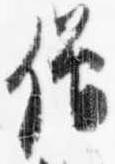
僧